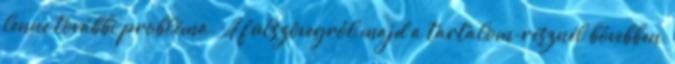
lenne további probléma. A fülszövegről majd a tartalom-résznél bővebben,